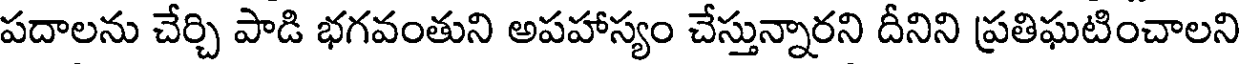
పదాలను చేర్చి పాడి భగవంతుని అపహాస్యం చేస్తున్నారని దీనిని ప్రతిఘటించాలని